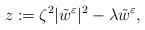
LaTeX: \begin{align*}z:= \zeta^{2} |\tilde w^\varepsilon|^2 - \lambda \tilde w^\varepsilon,\end{align*}